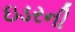
ઇડરની